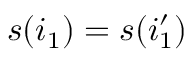
s ( i _ { 1 } ) = s ( i _ { 1 } ^ { \prime } )